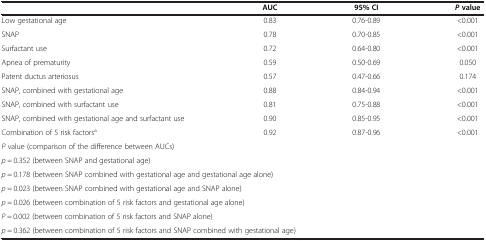
|  | AUC | 95% CI | P value |
 | --- | --- | --- | --- |
 | Low gestational age | 0.83 | 0.76-0.89 | <0.001 |
 | SNAP | 0.78 | 0.70-0.85 | <0.001 |
 | Surfactant use | 0.72 | 0.64-0.80 | <0.001 |
 | Apnea of prematurity | 0.59 | 0.50-0.69 | 0.050 |
 | Patent ductus arteriosus | 0.57 | 0.47-0.66 | 0.174 |
 | SNAP, combined with gestational age | 0.88 | 0.84-0.94 | <0.001 |
 | SNAP, combined with surfactant use | 0.81 | 0.75-0.88 | <0.001 |
 | SNAP, combined with gestational age and surfactant use | 0.90 | 0.85-0.95 | <0.001 |
 | Combination of 5 risk factorsa | 0.92 | 0.87-0.96 | <0.001 |
 | <COLSPAN=4> P value (comparison of the difference between AUCs) |
 | <COLSPAN=4> p = 0.352 (between SNAP and gestational age) |
 | <COLSPAN=4> p = 0.178 (between SNAP combined with gestational age and gestational age alone) |
 | <COLSPAN=4> p = 0.023 (between SNAP combined with gestational age and SNAP alone) |
 | <COLSPAN=4> p = 0.026 (between combination of 5 risk factors and gestational age alone) |
 | <COLSPAN=4> P = 0.002 (between combination of 5 risk factors and SNAP alone) |
 | <COLSPAN=4> p = 0.362 (between combination of 5 risk factors and SNAP combined with gestational age) |